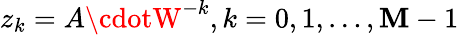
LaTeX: z_{k}=A\cdotW^{-k},k=0,1,\dots,\mathbf{M}-1